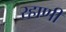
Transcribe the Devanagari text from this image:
रहाणी